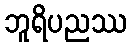
ဘူရိပညဿ